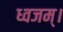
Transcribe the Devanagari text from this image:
ध्वजम्।